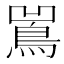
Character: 𱈢